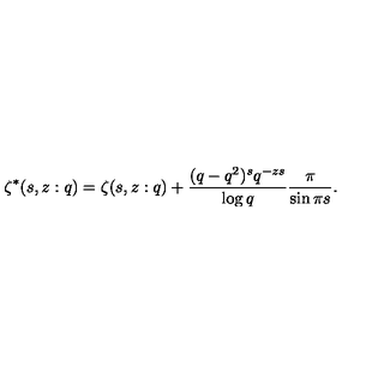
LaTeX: \zeta ^ { * } ( s , z : q ) = \zeta ( s , z : q ) + \frac { ( q - q ^ { 2 } ) ^ { s } q ^ { - z s } } { \log q } \frac { \pi } { \sin \pi s } .